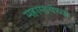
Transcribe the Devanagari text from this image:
महामायेच्या